Report of the veterinary officer investigating camel disease
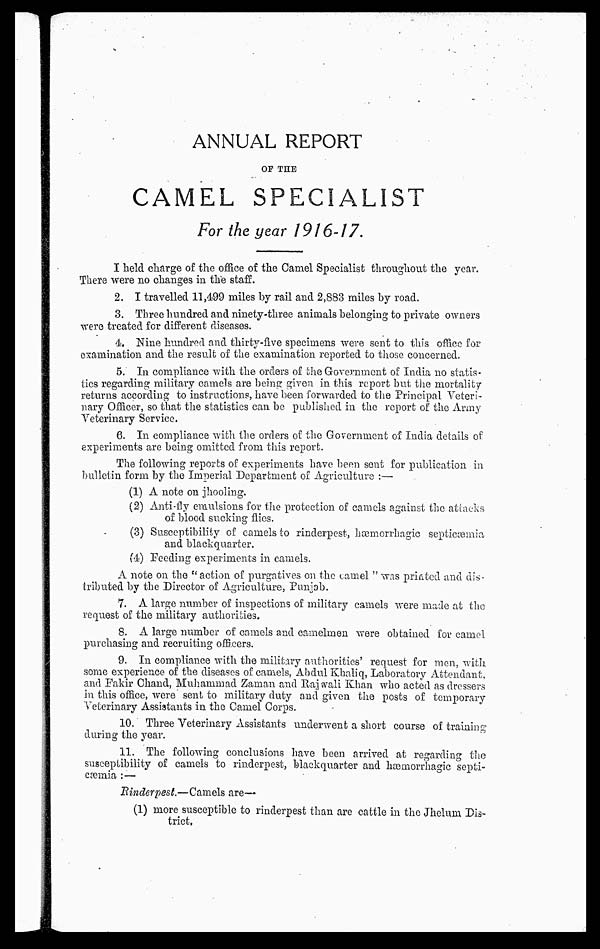
ANNUAL REPORT
OF THE
CAMEL SPECIALIST
For the year 1916-17.
I held charge of the office of the Camel Specialist throughout the year.
There were no changes in the staff.
2. I travelled 11,499 miles by rail and 2,883 miles by road.
3. Three hundred and ninety-three animals belonging to private owners
were treated for different diseases.
4. Nine hundred and thirty-five specimens were sent to this office for
examination and the result of the examination reported to those concerned.
5. In compliance with the orders of the Government of India no statis-
tics regarding military camels are being given in this report but the mortality
returns according to instructions, have been forwarded to the Principal Veteri-
nary Officer, so that the statistics can be published in the report of the Army
Veterinary Service.
8. In compliance with the orders of the Government of India details of
experiments are being omitted from this report.
The following reports of experiments have been sent for publication in
bulletin form by the Imperial Department of Agriculture :—
(1) A note on jhooling.
(2) Anti-fly emulsions for the protection of camels against the attacks
of blood sucking flies.
(3) Susceptibility of camels to rinderpest, hæmorrhagic septicæmia
and blackquarter.
(4) Feeding experiments in camels.
A note on the "action of purgatives on the camel " was printed and dis-
tributed by the Director of Agriculture, Punjab.
7. A large number of inspections of military camels were made at the
request of the military authorities.
8. A large number of camels and camelmen were obtained for camel
purchasing and recruiting officers.
9. In compliance with the military authorities' request for men, with
some experience of the diseases of camels, Abdul Khaliq, Laboratory Attendant,
and Fakir Chand, Muhammad Zaman and Rajwali Khan who acted as dressers
in this office, were sent to military duty and given the posts of temporary
Veterinary Assistants in the Camel Corps.
10. Three Veterinary Assistants underwent a short course of training
during the year.
11. The following conclusions have been arrived at regarding the
susceptibility of camels to rinderpest, blackquarter and hæmorrhagic septi-
cæmia : —
Rinderpest.—Camels are—
(1) more susceptible to rinderpest than are cattle in the Jhelum Dis-
trict,